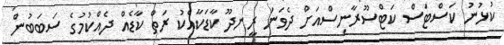
ކުޅުނު ކަސްޓަސް ކަޓްސޫރާނިސްއަށް ދެވަނަ ރީނދޫ ކާޑަކާއެކު ރަތް ކާޑެއް ދެއްކުމުގެ ސަބަބުން